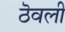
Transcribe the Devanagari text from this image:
ठॆवली